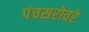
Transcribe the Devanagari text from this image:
पंचसरोवरे